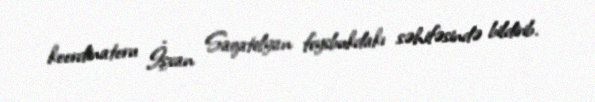
koordinatoru İşxan Saqatelyan feysbukdakı səhifəsində bildirib.